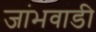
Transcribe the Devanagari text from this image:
जांभवाडी